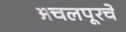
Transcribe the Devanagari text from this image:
अचलपूरचे